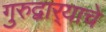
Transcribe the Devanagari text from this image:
गुरुद्वार्‍याचे